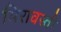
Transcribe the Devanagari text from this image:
मिरावस्ती